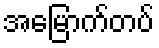
အမြောက်တပ်